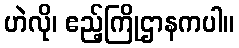
ဟဲလို၊ ဧည့်ကြိုဌာနကပါ။